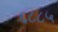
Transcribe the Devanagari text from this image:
६८८५